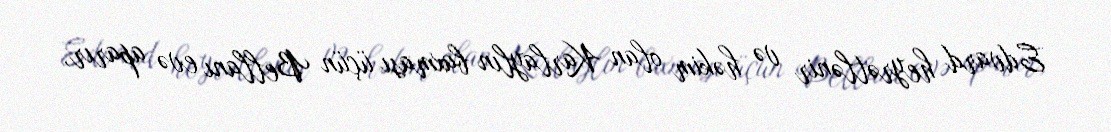
Edvard heyrətlənir və həkim olan Karlaylın baxması üçün Bellanı evə aparır,